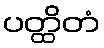
ပတ္ထိတံ